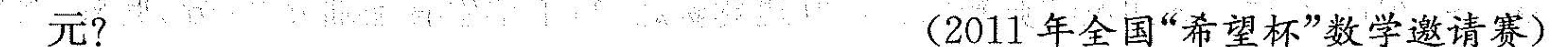
元? (2011年全国”希望杯”数学邀请赛)